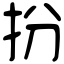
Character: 扮